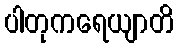
ပါတုကရေယျာတိ